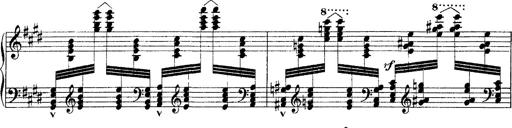
Title: Ã‰tudes d'exÃ©cution transcendante d'aprÃ¨s Paganini
Composer: Franz Liszt